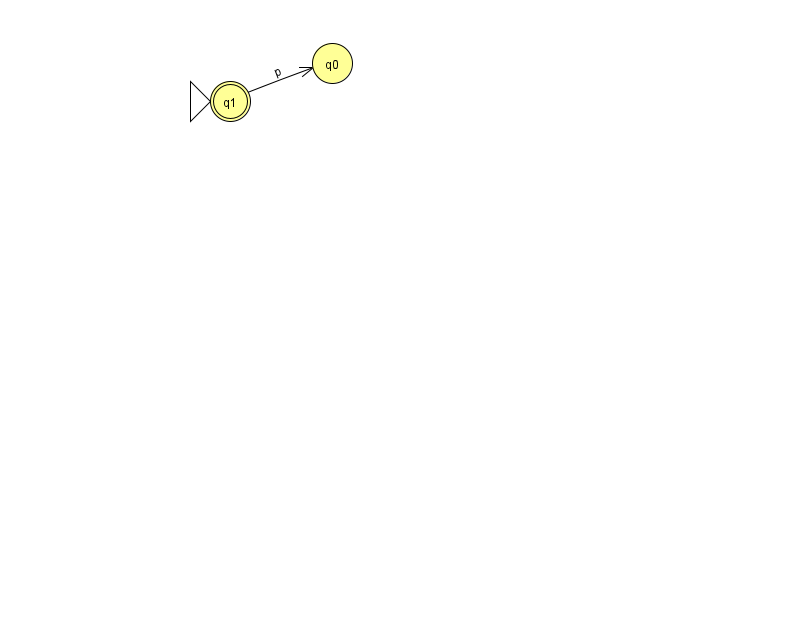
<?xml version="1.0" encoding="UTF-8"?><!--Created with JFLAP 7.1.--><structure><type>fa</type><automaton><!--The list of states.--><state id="0" name="q0"><x>332.0</x><y>50.0</y></state><state id="1" name="q1"><x>230.0</x><y>88.0</y><initial/><final/></state><!--The list of transitions.--><transition><from>1</from><to>0</to><read>p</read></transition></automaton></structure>